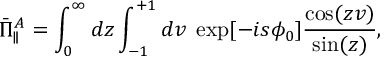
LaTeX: \bar { \Pi } _ { \parallel } ^ { A } = \int _ { 0 } ^ { \infty } d z \int _ { - 1 } ^ { + 1 } d v \; \exp [ { - i s \phi _ { 0 } } ] \frac { \cos ( z v ) } { \sin ( z ) } ,